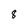
Character: 8